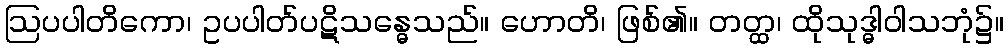
ဩပပါတိကော၊ ဥပပါတ်ပဋိသန္ဓေသည်။ ဟောတိ၊ ဖြစ်၏။ တတ္ထ၊ ထိုသုဒ္ဓါဝါသဘုံ၌။